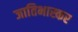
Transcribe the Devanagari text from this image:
जातिभास्कर